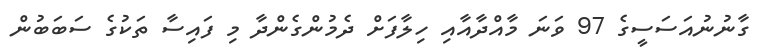
ގާނުނުއަސަސީގެ 97 ވަނަ މާއްދާއާއި ހިލާފަށް ދެމުންގެންދާ މި ފައިސާ ތަކުގެ ސަބަބުން